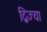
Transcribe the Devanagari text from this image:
द्विज्या